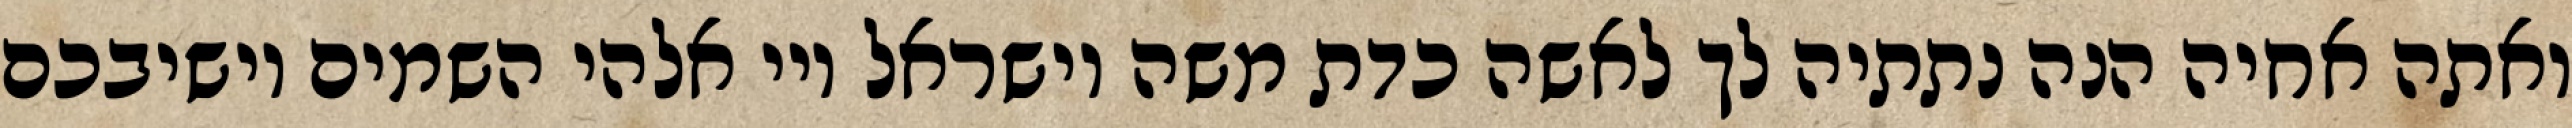
ואתה אחיה הנה נתתיה לך לאשה כדת משה וישראל ויי אלהי השמים יושיבכם